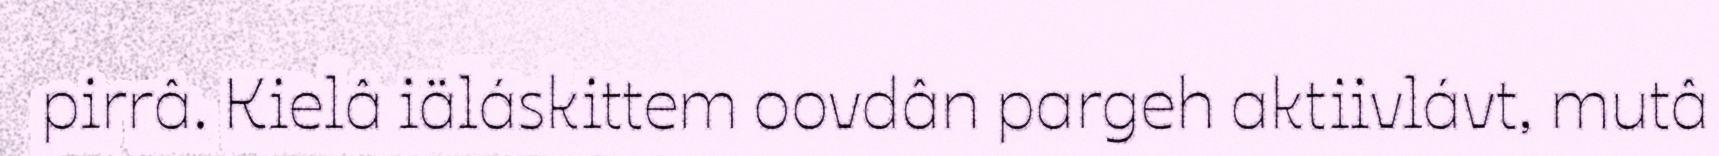
pirrâ. Kielâ iäláskittem oovdân pargeh aktiivlávt, mutâ